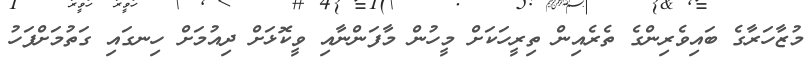
މުޒާހަރާގެ ބައިވެރިންގެ ތެރެއިން ތިރީހަކަށް މީހުން މާފަންނާއި ވީކޮޅަށް ދިއުމަށް ހިނގައި ގަތުމަށްފަހު